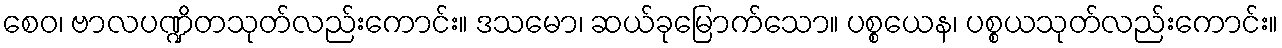
စေဝ၊ ဗာလပဏ္ဍိတသုတ်လည်းကောင်း။ ဒသမော၊ ဆယ်ခုမြောက်သော။ ပစ္စယေန၊ ပစ္စယသုတ်လည်းကောင်း။